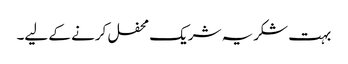
بہت شکریہ شریک محفل کرنے کے لیے۔